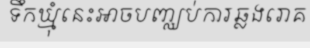
ទឹកឃ្មុំនេះអាចបញ្ឈប់ការឆ្លងរោគ